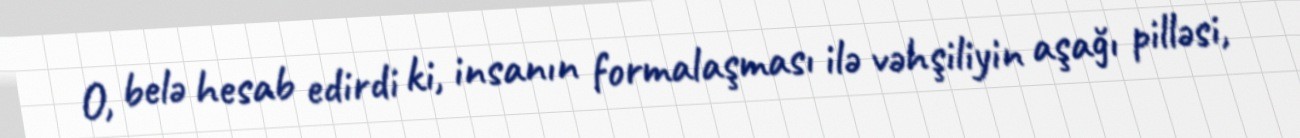
O, belə hesab edirdi ki, insanın formalaşması ilə vəhşiliyin aşağı pilləsi,